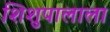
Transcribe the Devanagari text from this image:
शिशुपालाला